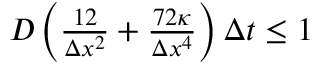
\begin{array} { r } { D \left( \frac { 1 2 } { \Delta x ^ { 2 } } + \frac { 7 2 \kappa } { \Delta x ^ { 4 } } \right) \Delta t \leq 1 } \end{array}